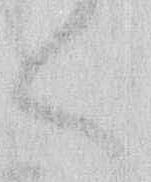
く